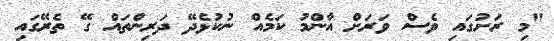
"މި ރަށުގައި ވެސް ވަރަށް އާންމު ކަމެއް ނުކުޅެދޭ ދަރިންތައް ގޭ ތެރޭގައި